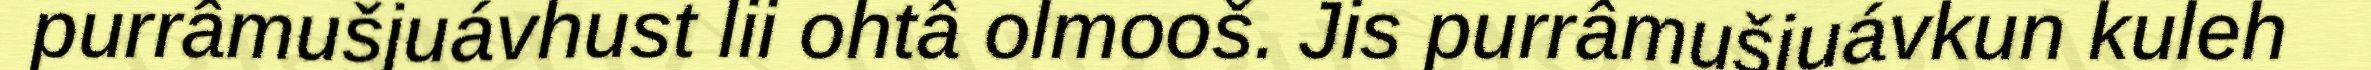
purrâmušjuávhust lii ohtâ olmooš. Jis purrâmušjuávkun kuleh